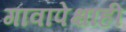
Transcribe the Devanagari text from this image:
गावापेक्षाही